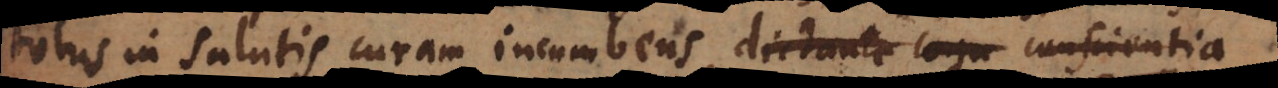
totus in salutis curam incumbens, dictante conscientia